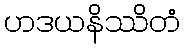
ဟဒယနိဿိတံ